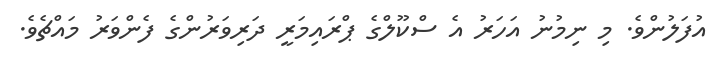
އުފަލުންވެ. މި ނިމުނު އަހަރު އެ ސްކޫލްގެ ޕްރައިމަރީ ދަރިވަރުންގެ ފެންވަރު މައްޗެވެ.